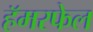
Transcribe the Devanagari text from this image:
हॅमरफेल